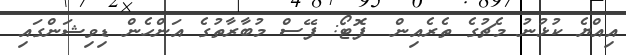
އިއްޔެ ކުޅުނު މެޗުގެ ތެރެއިން  ފޮޓޯ: ފޭސް މުބާރާތުގެ އަންހެން ޑިވިޝަންގައި